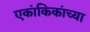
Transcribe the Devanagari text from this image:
एकांकिकांच्या